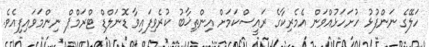
ހަލޭގެ ނަންފުޅު ހުށަހަޅުއްވަން އެމެރިކާގެ ރައީސްކަމަށް އިންތިޚާބު ކުރެވިފައިވާ ޑޮނަލްޑް ޓްރަމްޕް ނިންމަވައިފިއެވެ.